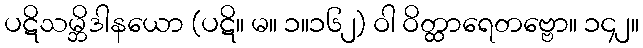
ပဋိသမ္ဘိဒါနယော (ပဋိ။ မ။ ၁။၁၆၂) ဝါ ဝိတ္ထာရေတဗ္ဗော။ ၁၄၂။